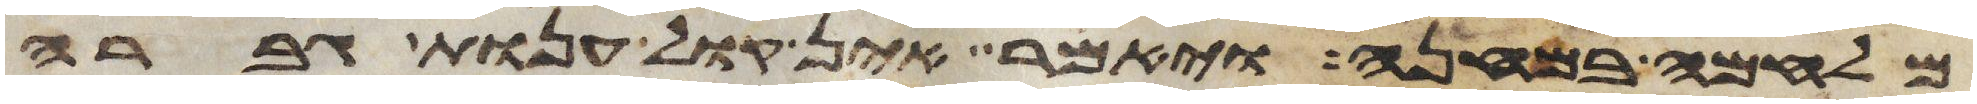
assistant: מלחמה במחנה ויאמר אין קול ענות גברה